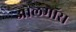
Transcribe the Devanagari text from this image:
ओलमॉस